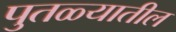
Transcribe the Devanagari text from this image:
पुतळ्यातील